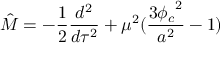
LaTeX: \hat { M } = - \frac { 1 } { 2 } \frac { d ^ { 2 } } { d \tau ^ { 2 } } + \mu ^ { 2 } ( \frac { 3 { \phi _ { c } } ^ { 2 } } { a ^ { 2 } } - 1 )